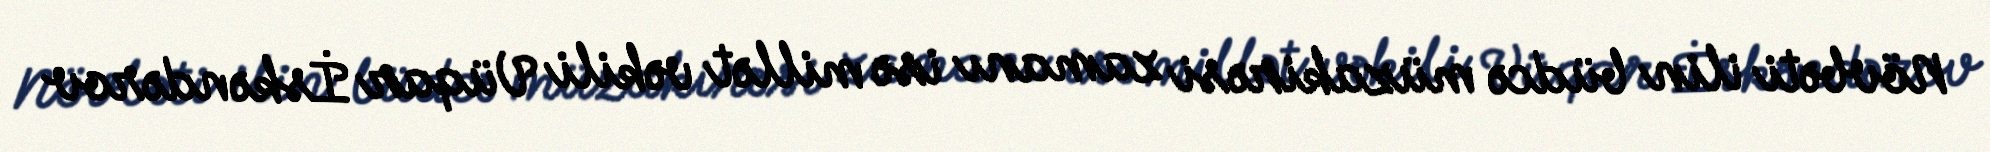
Növbəti ilin büdcə müzakirəsi zamanı isə millət vəkili Vüqar İskəndərov